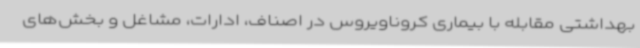
بهداشتی مقابله با بیماری کروناویروس در اصناف، ادارات، مشاغل و بخش‌های